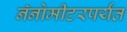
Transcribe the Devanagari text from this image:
नॅनोमीटरपर्यंत